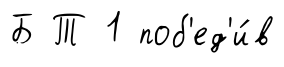
Б Т 1 поб'ед'и́в